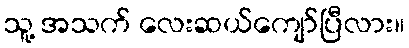
သူ့ အသက် လေးဆယ်ကျော်ပြီလား။